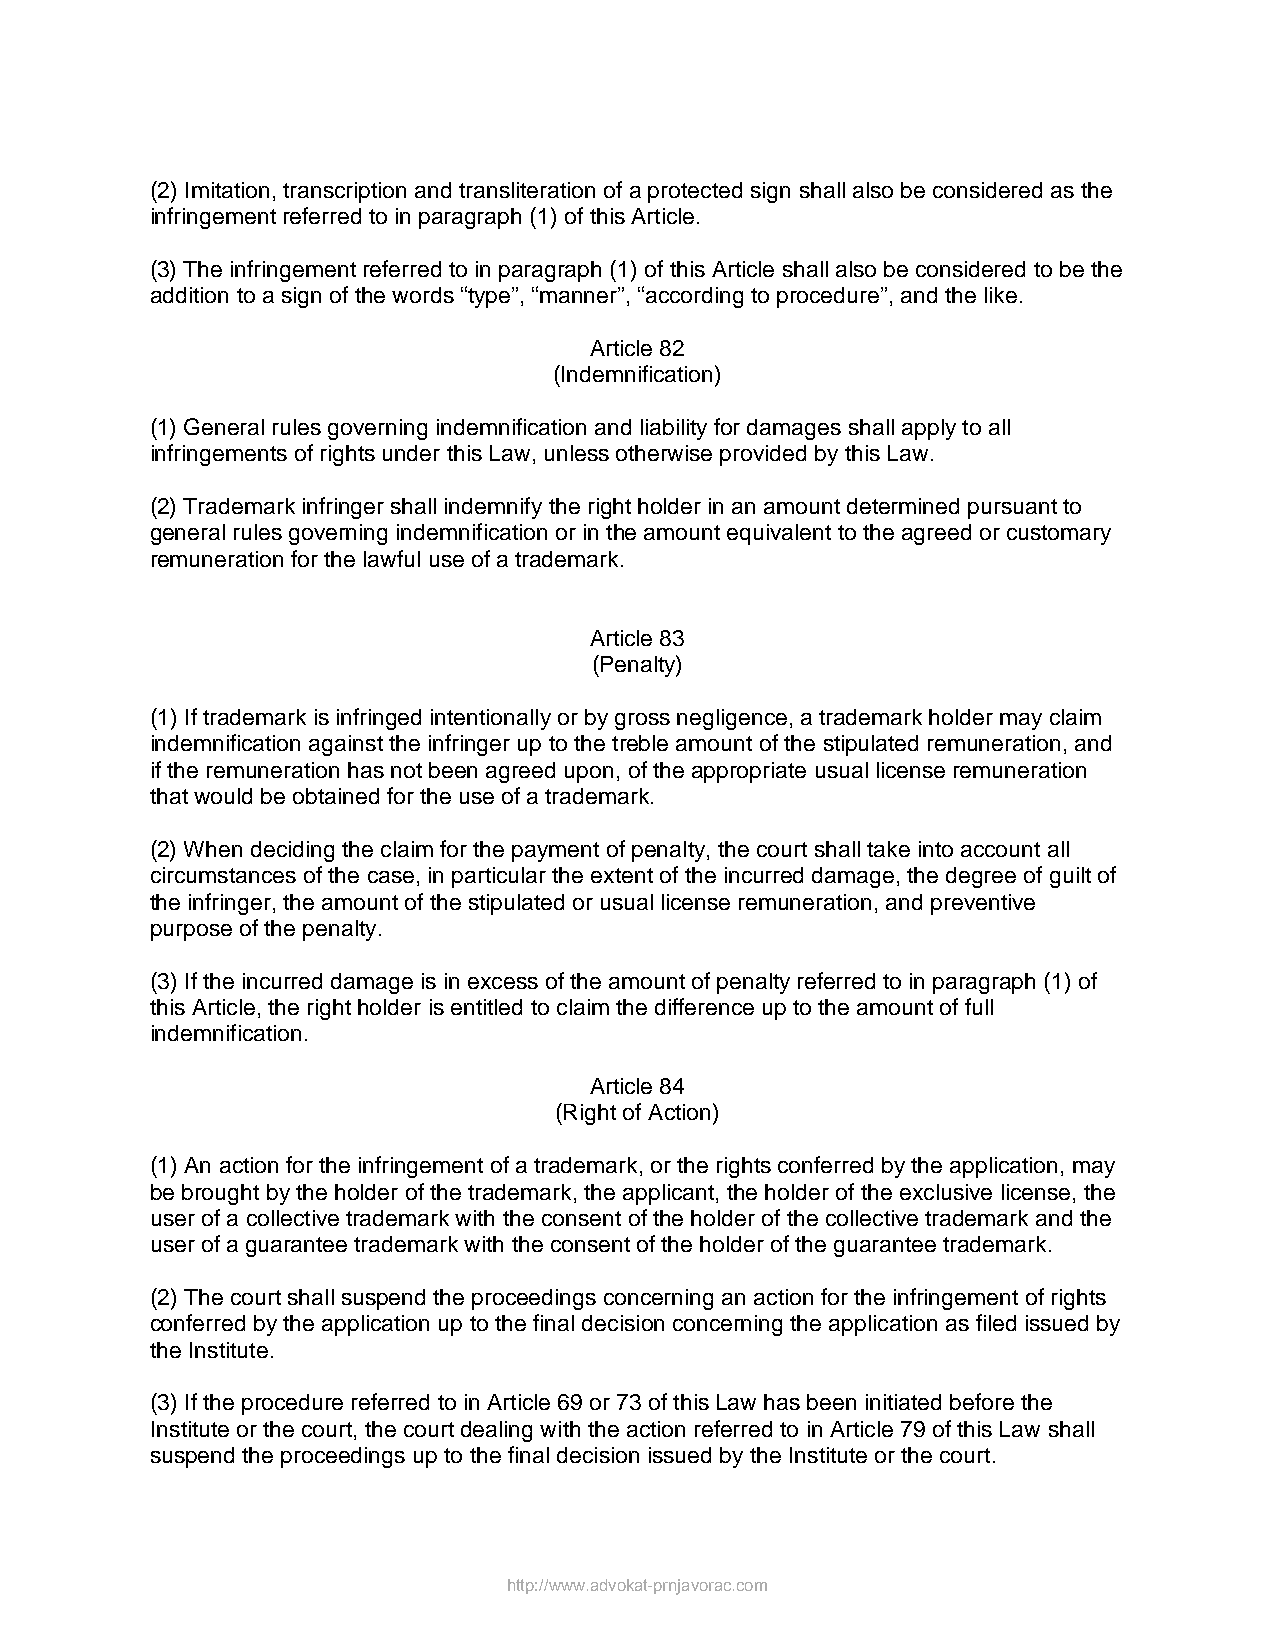
(2) Imitation, transcription and transliteration of a protected sign shall also be considered as the
 infringement referred to in paragraph (1) of this Article.
 (3) The infringement referred to in paragraph (1) of this Article shall also be considered to be the
 addition to a sign of the words “type”, “manner”, “according to procedure”, and the like.
 Article 82
 (Indemnification)
 (1) General rules governing indemnification and liability for damages shall apply to all
 infringements of rights under this Law, unless otherwise provided by this Law.
 (2) Trademark infringer shall indemnify the right holder in an amount determined pursuant to
 general rules governing indemnification or in the amount equivalent to the agreed or customary
 remuneration for the lawful use of a trademark.
 Article 83
 (Penalty)
 (1) If trademark is infringed intentionally or by gross negligence, a trademark holder may claim
 indemnification against the infringer up to the treble amount of the stipulated remuneration, and
 if the remuneration has not been agreed upon, of the appropriate usual license remuneration
 that would be obtained for the use of a trademark.
 (2) When deciding the claim for the payment of penalty, the court shall take into account all
 circumstances of the case, in particular the extent of the incurred damage, the degree of guilt of
 the infringer, the amount of the stipulated or usual license remuneration, and preventive
 purpose of the penalty.
 (3) If the incurred damage is in excess of the amount of penalty referred to in paragraph (1) of
 this Article, the right holder is entitled to claim the difference up to the amount of full
 indemnification.
 Article 84
 (Right of Action)
 (1) An action for the infringement of a trademark, or the rights conferred by the application, may
 be brought by the holder of the trademark, the applicant, the holder of the exclusive license, the
 user of a collective trademark with the consent of the holder of the collective trademark and the
 user of a guarantee trademark with the consent of the holder of the guarantee trademark.
 (2) The court shall suspend the proceedings concerning an action for the infringement of rights
 conferred by the application up to the final decision concerning the application as filed issued by
 the Institute.
 (3) If the procedure referred to in Article 69 or 73 of this Law has been initiated before the
 Institute or the court, the court dealing with the action referred to in Article 79 of this Law shall
 suspend the proceedings up to the final decision issued by the Institute or the court.
 http://www.advokat-prnjavorac.com